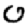
Digit: 0